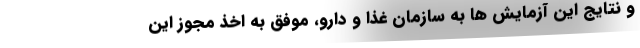
و نتایج این آزمایش ها به سازمان غذا و دارو، موفق به اخذ مجوز این